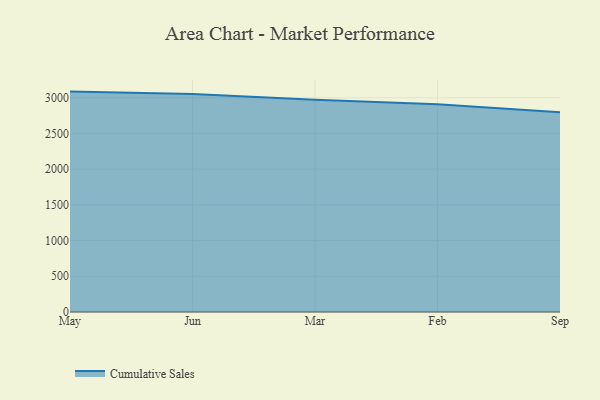
{"axis": {"x": "Month", "y": "Market Share (%)"}, "legend": ["Cumulative Sales"], "data": [{"x": "May", "y": 3085.3, "type": "Cumulative Sales"}, {"x": "Jun", "y": 3052.9, "type": "Cumulative Sales"}, {"x": "Mar", "y": 2972.3, "type": "Cumulative Sales"}, {"x": "Feb", "y": 2908.1, "type": "Cumulative Sales"}, {"x": "Sep", "y": 2797.2, "type": "Cumulative Sales"}]}